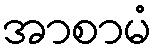
အာစာမံ